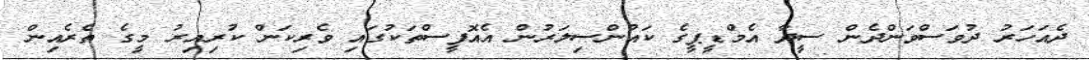
ދެއަހަރު ދުވަސްވަންދެން ސީދާ އެމްޑީޕީގެ ކައުންސިލަރުން އެއޮފީސްތަކުގައި ވެރިކަން ކުރިއިރު މީގެ ތެރެއިން